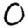
Digit: 0